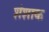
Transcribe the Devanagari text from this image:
शंशाक